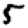
Digit: 5